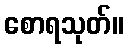
စောရသုတ်။